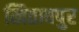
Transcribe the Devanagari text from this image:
खिताबपुर